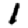
Digit: 1